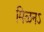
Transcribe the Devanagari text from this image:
मिळनऽ